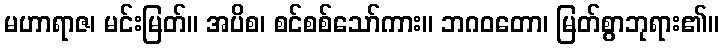
မဟာရာဇ၊ မင်းမြတ်။ အပိစ၊ စင်စစ်သော်ကား။ ဘဂဝတော၊ မြတ်စွာဘုရား၏။